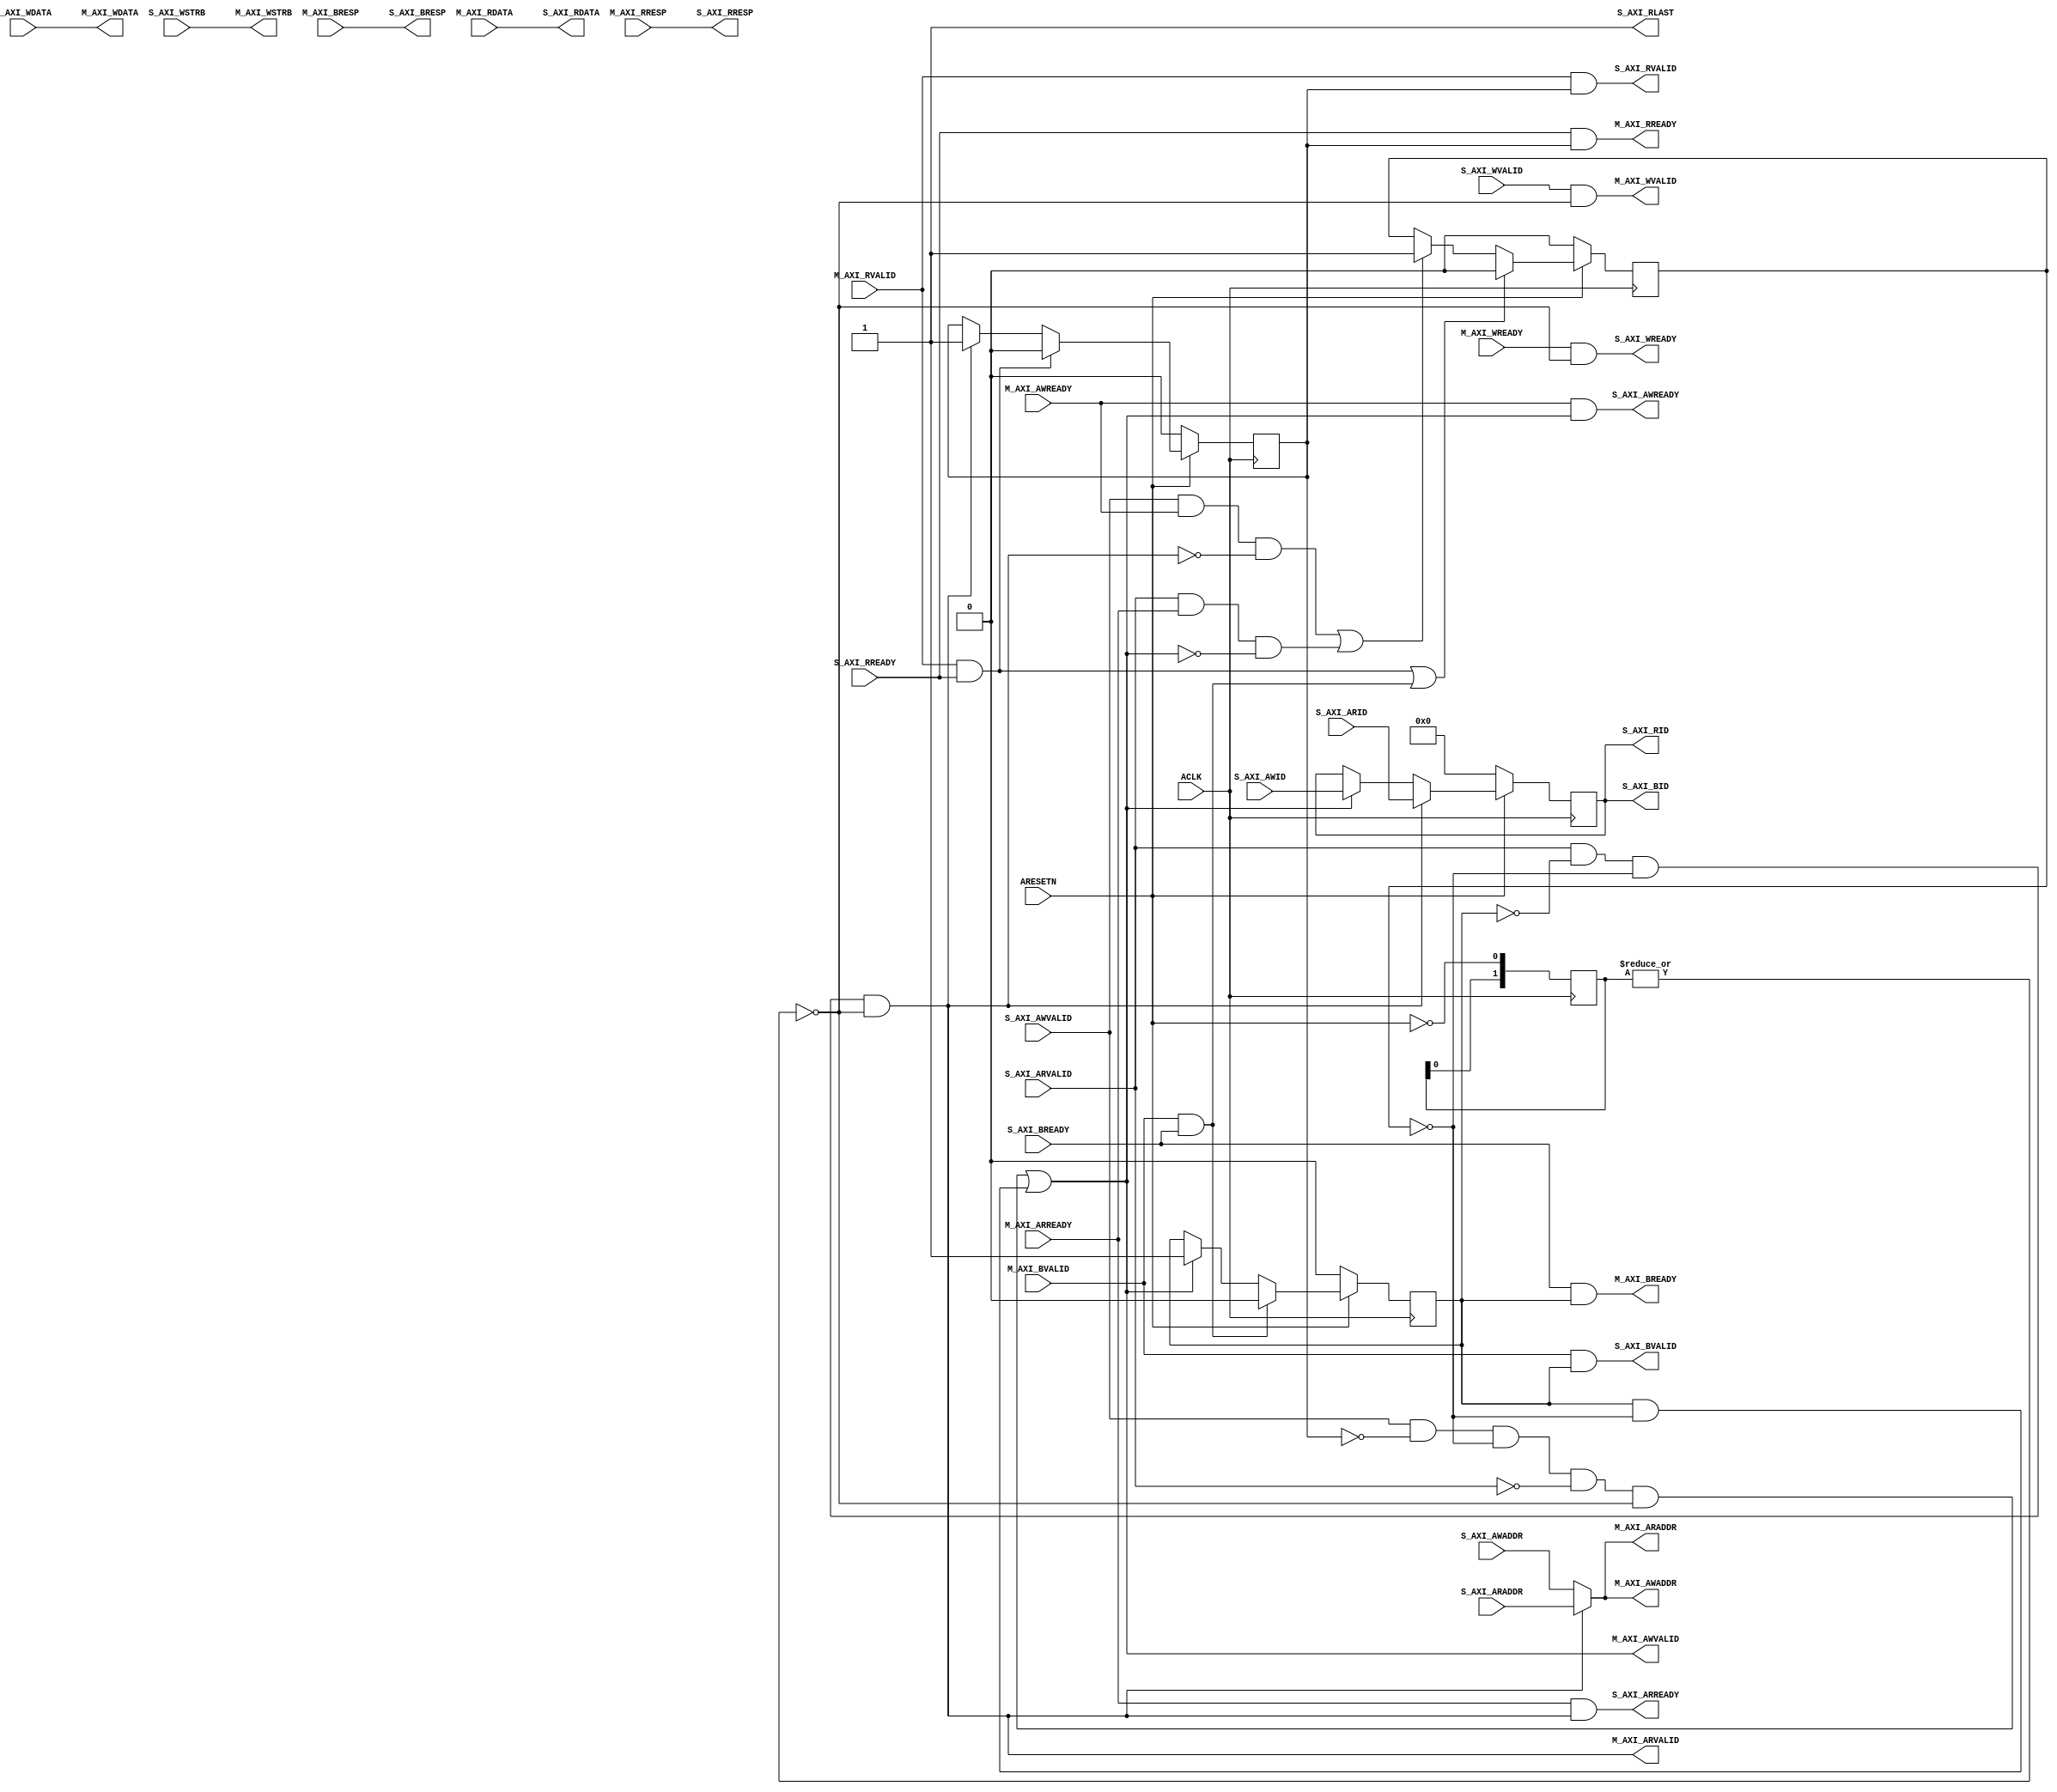
module ict106_axilite_conv #
  (
   parameter integer C_AXI_ID_WIDTH              = 12,
   parameter integer C_AXI_ADDR_WIDTH            = 32,
   parameter integer C_AXI_DATA_WIDTH            = 32 // CONSTANT
   )
  (
   // System Signals
   input  wire                          ACLK,
   input  wire                          ARESETN,
   input  wire [C_AXI_ID_WIDTH-1:0]     S_AXI_AWID,
   input  wire [C_AXI_ADDR_WIDTH-1:0]   S_AXI_AWADDR,
   input  wire                          S_AXI_AWVALID,
   output wire                          S_AXI_AWREADY,
   input  wire [C_AXI_DATA_WIDTH-1:0]   S_AXI_WDATA,
   input  wire [C_AXI_DATA_WIDTH/8-1:0] S_AXI_WSTRB,
   input  wire                          S_AXI_WVALID,
   output wire                          S_AXI_WREADY,
   output wire [C_AXI_ID_WIDTH-1:0]     S_AXI_BID,
   output wire [2-1:0]                  S_AXI_BRESP,
   output wire                          S_AXI_BVALID,
   input  wire                          S_AXI_BREADY,
   input  wire [C_AXI_ID_WIDTH-1:0]     S_AXI_ARID,
   input  wire [C_AXI_ADDR_WIDTH-1:0]   S_AXI_ARADDR,
   input  wire                          S_AXI_ARVALID,
   output wire                          S_AXI_ARREADY,
   output wire [C_AXI_ID_WIDTH-1:0]     S_AXI_RID,
   output wire [C_AXI_DATA_WIDTH-1:0]   S_AXI_RDATA,
   output wire [2-1:0]                  S_AXI_RRESP,
   output wire                          S_AXI_RLAST,    // Constant =1
   output wire                          S_AXI_RVALID,
   input  wire                          S_AXI_RREADY,
   output wire [C_AXI_ADDR_WIDTH-1:0]   M_AXI_AWADDR,
   output wire                          M_AXI_AWVALID,
   input  wire                          M_AXI_AWREADY,
   output wire [C_AXI_DATA_WIDTH-1:0]   M_AXI_WDATA,
   output wire [C_AXI_DATA_WIDTH/8-1:0] M_AXI_WSTRB,
   output wire                          M_AXI_WVALID,
   input  wire                          M_AXI_WREADY,
   input  wire [2-1:0]                  M_AXI_BRESP,
   input  wire                          M_AXI_BVALID,
   output wire                          M_AXI_BREADY,
   output wire [C_AXI_ADDR_WIDTH-1:0]   M_AXI_ARADDR,
   output wire                          M_AXI_ARVALID,
   input  wire                          M_AXI_ARREADY,
   input  wire [C_AXI_DATA_WIDTH-1:0]   M_AXI_RDATA,
   input  wire [2-1:0]                  M_AXI_RRESP,
   input  wire                          M_AXI_RVALID,
   output wire                          M_AXI_RREADY
  );
  
  wire [31:0] m_axaddr;

  // Arbiter
  reg read_active;
  reg write_active;
  reg busy;

  wire read_req;
  wire write_req;
  wire read_complete;
  wire write_complete;
  
  reg [1:0] areset_d; // Reset delay register
  always @(posedge ACLK) begin
    areset_d <= {areset_d[0], ~ARESETN};
  end
  
  assign read_req  = S_AXI_ARVALID & ~write_active & ~busy & ~|areset_d;
  assign write_req = (S_AXI_AWVALID & ~read_active & ~busy & ~S_AXI_ARVALID & ~|areset_d) | (write_active & ~busy);

  assign read_complete  = M_AXI_RVALID & S_AXI_RREADY;
  assign write_complete = M_AXI_BVALID & S_AXI_BREADY;

  always @(posedge ACLK) begin : arbiter_read_ff
    if (~ARESETN)
      read_active <= 1'b0;
    else if (read_complete)
      read_active <= 1'b0;
    else if (read_req)
      read_active <= 1'b1;
  end

  always @(posedge ACLK) begin : arbiter_write_ff
    if (~ARESETN)
      write_active <= 1'b0;
    else if (write_complete)
      write_active <= 1'b0;
    else if (write_req)
      write_active <= 1'b1;
  end

  always @(posedge ACLK) begin : arbiter_busy_ff
    if (~ARESETN)
      busy <= 1'b0;
    else if (read_complete | write_complete)
      busy <= 1'b0;
    else if ((S_AXI_AWVALID & M_AXI_AWREADY & ~read_req) | (S_AXI_ARVALID & M_AXI_ARREADY & ~write_req))
      busy <= 1'b1;
  end

  assign M_AXI_ARVALID = read_req;
  assign S_AXI_ARREADY = M_AXI_ARREADY & read_req;

  assign M_AXI_AWVALID = write_req;
  assign S_AXI_AWREADY = M_AXI_AWREADY & write_req;

  assign M_AXI_RREADY  = S_AXI_RREADY & read_active;
  assign S_AXI_RVALID  = M_AXI_RVALID & read_active;

  assign M_AXI_BREADY  = S_AXI_BREADY & write_active;
  assign S_AXI_BVALID  = M_AXI_BVALID & write_active;

  // Address multiplexer
  assign m_axaddr = (read_req) ? S_AXI_ARADDR : S_AXI_AWADDR;

  // Id multiplexer and flip-flop
  reg [C_AXI_ID_WIDTH-1:0] s_axid;

  always @(posedge ACLK) begin : axid
    if      (~ARESETN)    s_axid <= {C_AXI_ID_WIDTH{1'b0}};
    else if (read_req)  s_axid <= S_AXI_ARID;
    else if (write_req) s_axid <= S_AXI_AWID;
  end

  assign S_AXI_BID = s_axid;
  assign S_AXI_RID = s_axid;

  assign M_AXI_AWADDR = m_axaddr;
  assign M_AXI_ARADDR = m_axaddr;


  // Feed-through signals
  assign S_AXI_WREADY   = M_AXI_WREADY & ~|areset_d;
  assign S_AXI_BRESP    = M_AXI_BRESP;
  assign S_AXI_RDATA    = M_AXI_RDATA;
  assign S_AXI_RRESP    = M_AXI_RRESP;
  assign S_AXI_RLAST    = 1'b1;

  assign M_AXI_WVALID   = S_AXI_WVALID & ~|areset_d;
  assign M_AXI_WDATA    = S_AXI_WDATA;
  assign M_AXI_WSTRB    = S_AXI_WSTRB;

endmodule